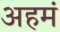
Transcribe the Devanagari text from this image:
अहमं